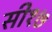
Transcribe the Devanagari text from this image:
सी१७